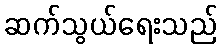
ဆက်သွယ်ရေးသည်